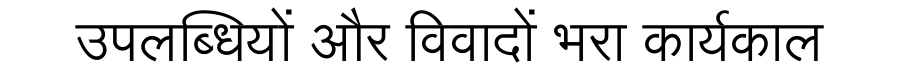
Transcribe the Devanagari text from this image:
उपलब्धियों और विवादों भरा कार्यकाल